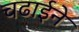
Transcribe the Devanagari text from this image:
चढाईने